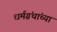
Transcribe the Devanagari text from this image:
धर्मग्रंथांच्या